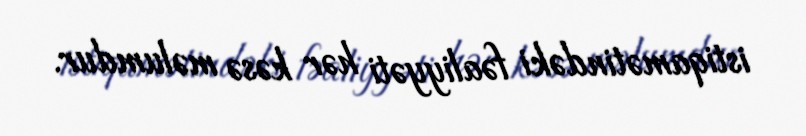
istiqamətindəki fəaliyyəti hər kəsə məlumdur.